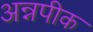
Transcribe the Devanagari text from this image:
अन्नपीक